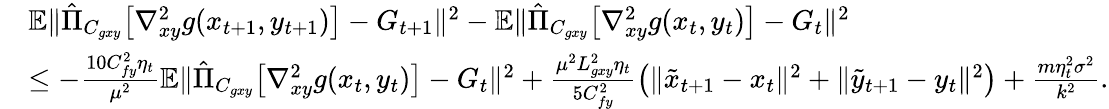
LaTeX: \begin{array}{rl}&{\mathbb{E}\| \hat{\Pi}_{C_{gxy}}\big[\nabla_{xy}^{2}g(x_{t+1},y_{t+1})\big]-G_{t+1}\| ^{2}-\mathbb{E}\| \hat{\Pi}_{C_{gxy}}\big[\nabla_{xy}^{2}g(x_{t},y_{t})\big]-G_{t}\| ^{2}}\\ &{\leq-\frac{10C_{fy}^{2}\eta_{t}}{\mu^{2}}\mathbb{E}\| \hat{\Pi}_{C_{gxy}}\big[\nabla_{xy}^{2}g(x_{t},y_{t})\big]-G_{t}\| ^{2}+\frac{\mu^{2}L_{gxy}^{2}\eta_{t}}{5C_{fy}^{2}}\big(\| \tilde{x}_{t+1}-x_{t}\| ^{2}+\| \tilde{y}_{t+1}-y_{t}\| ^{2}\big)+\frac{m\eta_{t}^{2}\sigma^{2}}{k^{2}}.}\end{array}